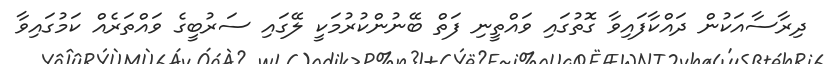
ދިރާސާއަކުން ދައްކާފައިވާ ގޮތުގައި ވައްތީނި ފަތް ބޭނުންކުރުމަކީ ލޭގައި ސަރުބީގެ ވައްތަރެއް ކަމުގައިވާ